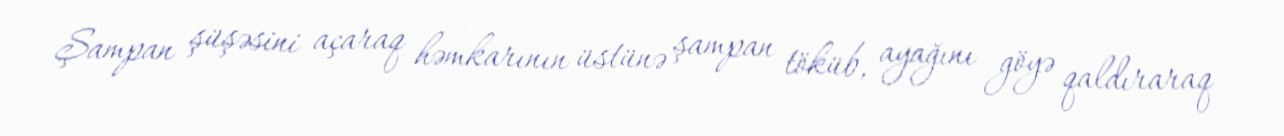
Şampan şüşəsini açaraq həmkarının üstünə şampan töküb, ayağını göyə qaldıraraq